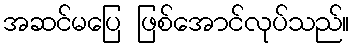
အဆင်မပြေ ဖြစ်အောင်လုပ်သည်။